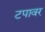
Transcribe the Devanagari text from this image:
टपावर